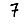
Digit: 7